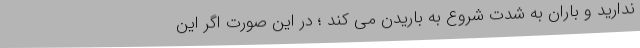
ندارید و باران به شدت شروع به باریدن می کند ؛ در این صورت اگر این